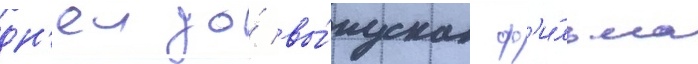
дн'еи до́ вы́пуска ф'и́льма